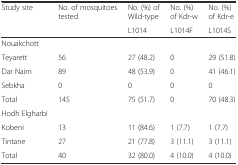
| <ROWSPAN=2> Study site | <ROWSPAN=2> No. of mosquitoes tested | No. (%) of Wild-type | No. (%) of Kdr-w | No. (%) of Kdr-e |
 | L1014 | L1014F | L1014S |
 | --- | --- | --- | --- | --- |
 | Nouakchott |  |  |  |  |
 | Teyarett | 56 | 27 (48.2) | 0 | 29 (51.8) |
 | Dar Naim | 89 | 48 (53.9) | 0 | 41 (46.1) |
 | Sebkha | 0 | 0 | 0 | 0 |
 | Total | 145 | 75 (51.7) | 0 | 70 (48.3) |
 | Hodh Elgharbi |  |  |  |  |
 | Kobeni | 13 | 11 (84.6) | 1 (7.7) | 1 (7.7) |
 | Tintane | 27 | 21 (77.8) | 3 (11.1) | 3 (11.1) |
 | Total | 40 | 32 (80.0) | 4 (10.0) | 4 (10.0) |